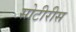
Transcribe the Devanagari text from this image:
सोटीरीस